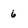
Character: 6